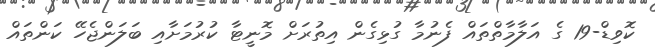
ކޮވިޑް-19 ގެ އަލާމާތްތައް ފެނުމާ ގުޅިގެން އިތުރަށް މޮނީޓާ ކުރުމަށާއި ބަލަންޖެހޭ ކަންތައް